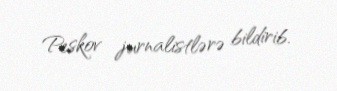
Peskov jurnalistlərə bildirib.